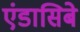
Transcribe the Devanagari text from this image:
एंडासिबे